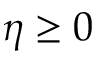
\eta \ge 0